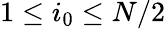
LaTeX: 1\le i_{0}\le N/2